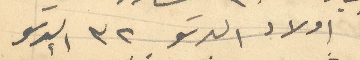
اولاد البرتو 32 البرتو